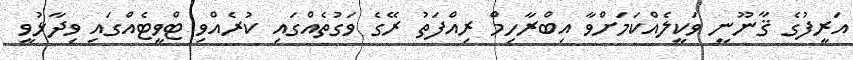
އަރީފުގެ ޤާނޫނީ ވަކީލެއްކަމަށްވާ އިބްރާހިމް ރިއްފަތު ރޭގެ ވަގުތެއްގައި ކުރެއްވި ޓްވީޓެއްގައި ވިދާޅުވީ